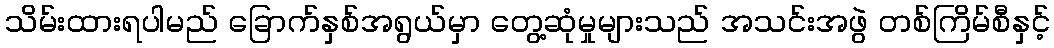
သိမ်းထားရပါမည် ခြောက်နှစ်အရွယ်မှာ တွေ့ဆုံမှုများသည် အသင်းအဖွဲ တစ်ကြိမ်စီနှင့်